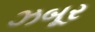
ઝબૂર